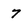
Character: 7